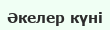
Әкелер күні